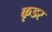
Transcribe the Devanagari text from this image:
कृडर